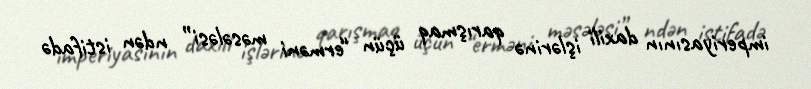
imperiyasının daxili işlərinə qarışmaq üçün “erməni məsələsi” ndən istifadə